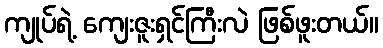
ကျုပ်ရဲ့ ကျေးဇူးရှင်ကြီးလဲ ဖြစ်ဖူးတယ်။